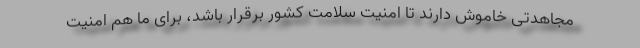
مجاهدتی خاموش دارند تا امنیت سلامت کشور برقرار باشد، برای ما هم امنیت